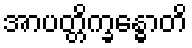
အာပတ္တိက္ခန္ဓောတိ